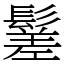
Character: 䰈